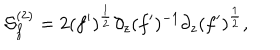
LaTeX: { \cal S } _ { f } ^ { ( 2 ) } = 2 ( f ^ { \prime } ) ^ { \frac { 1 } { 2 } } \partial _ { z } ( f ^ { \prime } ) ^ { - 1 } \partial _ { z } ( f ^ { \prime } ) ^ { \frac { 1 } { 2 } } ,